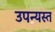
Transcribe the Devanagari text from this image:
उपन्यस्त